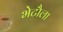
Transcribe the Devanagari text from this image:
भेटौला